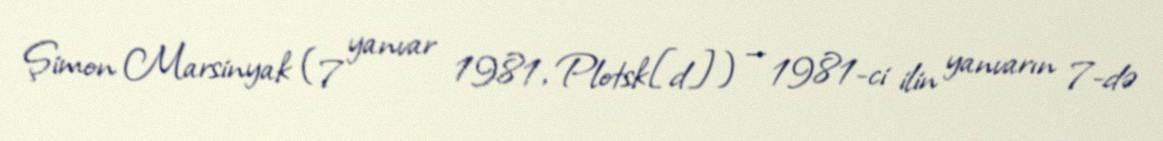
Şimon Marsinyak (7 yanvar 1981, Plotsk[d]) — 1981-ci ilin yanvarın 7-də